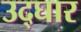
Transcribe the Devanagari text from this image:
उद्घार